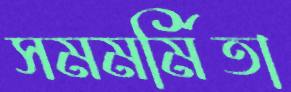
সমমর্মিতা